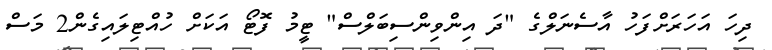
ދިހަ އަހަރަށްފަހު އާސެނަލްގެ "ދަ އިންވިންސިބަލްސް" ޓީމު ފޮޓޯ އަކަށް ހުއްޓިލައިގެން2 މަސް